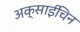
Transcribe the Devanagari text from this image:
अक्साईचिन